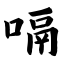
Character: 嗝